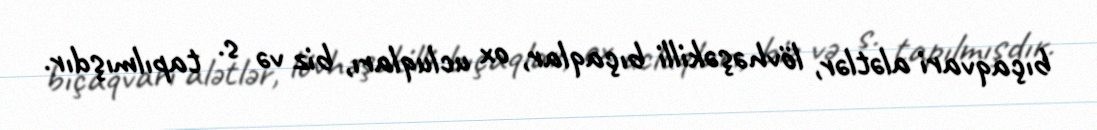
bıçaqvari alətlər, lövhəşəkilli bıçaqlar, ox ucluqları, biz və s. tapılmışdır.